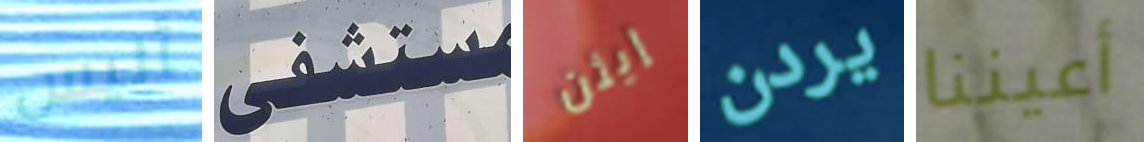
أليس مستشفى إيثن يردن أعيننا